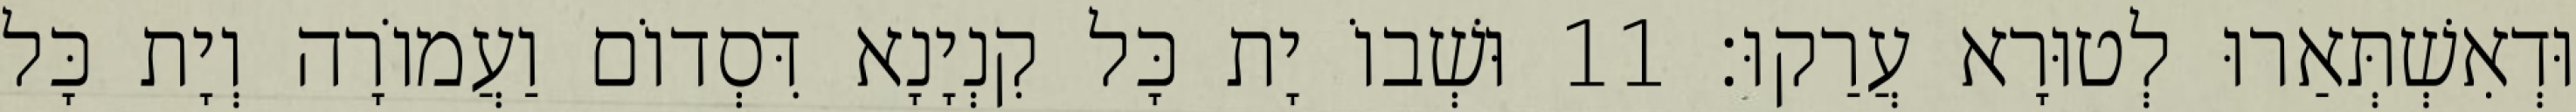
וּדְאִשְׁתְּאַרוּ לְטוּרָא עֲרַקוּ׃ 11 וּשְׁבוֹ יָת כָּל קִנְיָנָא דִּסְדוֹם וַעֲמוֹרָה וְיָת כָּל